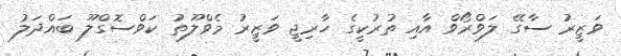
ވަޒީރު ސާގޭ ލަވްރޯވް އާއި ތުރުކީގެ ހާރިޖީ ވަޒީރު މެވްލޫތު ކަވްސޮގްލޫ ބައްދަލު